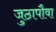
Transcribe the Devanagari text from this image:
जुठापौवा